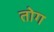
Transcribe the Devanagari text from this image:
तोग